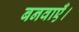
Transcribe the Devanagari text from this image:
बनवाएँ।